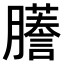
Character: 𫆾